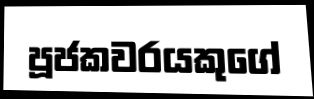
පූජකවරයකුගේ